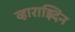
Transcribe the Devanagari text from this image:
व्हाराझ्दिन